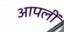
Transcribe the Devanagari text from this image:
आपलीं